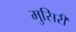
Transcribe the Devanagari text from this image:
मुसिरी